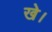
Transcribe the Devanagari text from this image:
खे।